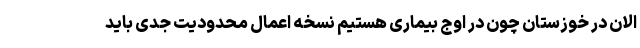
الان در خوزستان چون در اوج بیماری هستیم نسخه اعمال محدودیت جدی باید